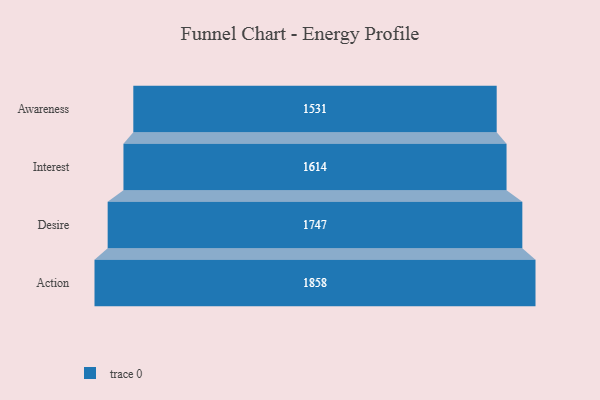
{"axis": {"x": "Stage", "y": "Value"}, "legend": [""], "data": [{"x": "Awareness", "y": 1531.0, "type": ""}, {"x": "Interest", "y": 1614.0, "type": ""}, {"x": "Desire", "y": 1747.0, "type": ""}, {"x": "Action", "y": 1858.0, "type": ""}]}